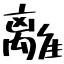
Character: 離